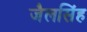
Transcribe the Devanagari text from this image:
जैलसिंह